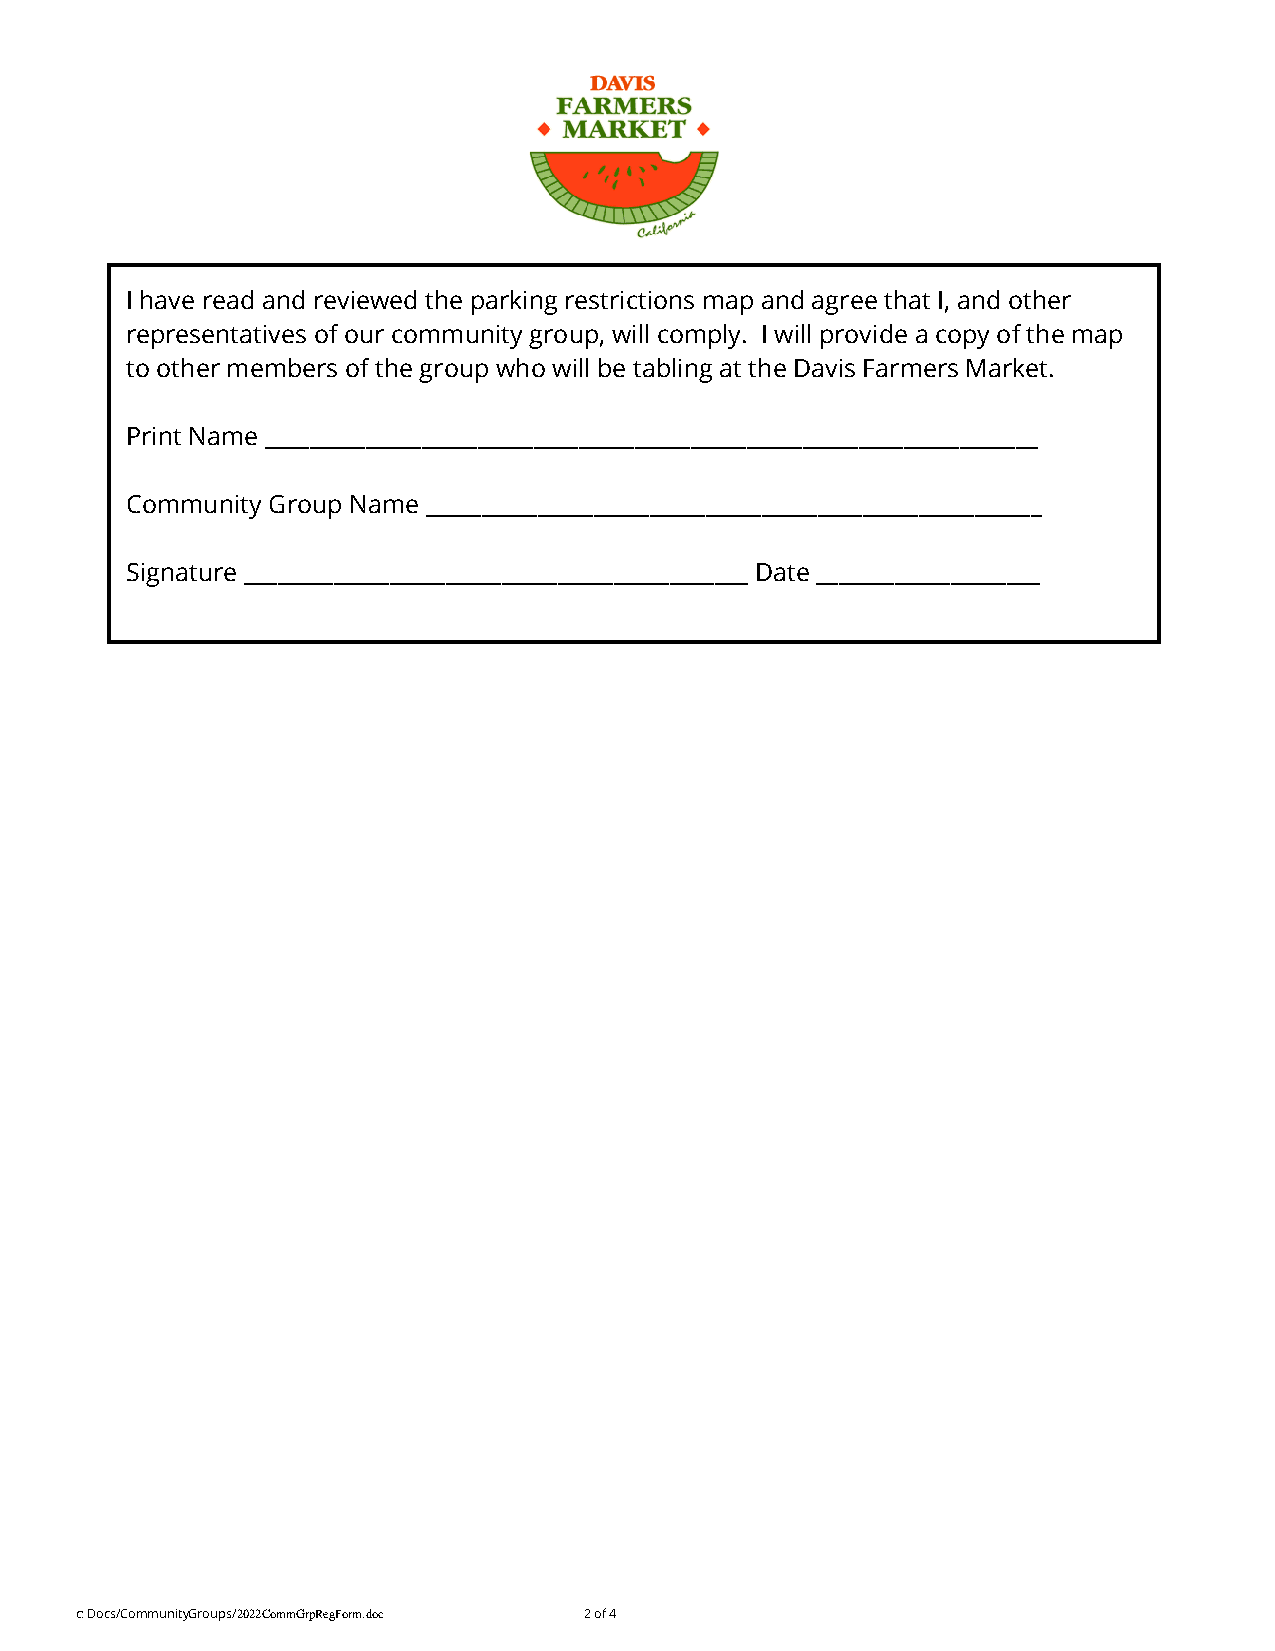
I have read and reviewed the parking restrictions map and agree that I, and other
 representatives of our community group, will comply. I will provide a copy of the map
 to other members of the group who will be tabling at the Davis Farmers Market.
 Print Name _____________________________________________________________________
 Community Group Name _______________________________________________________
 Signature _____________________________________________ Date ____________________
 c: Docs/CommunityGroups/2022CommGrpRegForm.doc 2 of 4